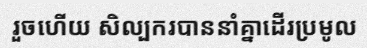
រួចហើយ សិល្បករបាននាំគ្នាដើរប្រមូល